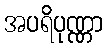
အပရိပုဏ္ဏာ